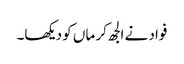
فواد نے الجھ کر ماں کو دیکھا۔